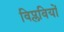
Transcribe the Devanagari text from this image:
विप्लवियों